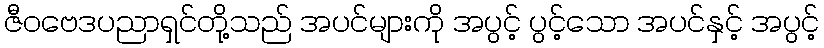
ဇီဝဗေဒပညာရှင်တို့သည် အပင်များကို အပွင့် ပွင့်သော အပင်နှင့် အပွင့်